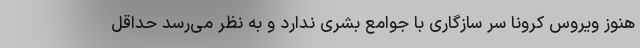
هنوز ویروس کرونا سر سازگاری با جوامع بشری ندارد و به نظر می‌رسد حداقل